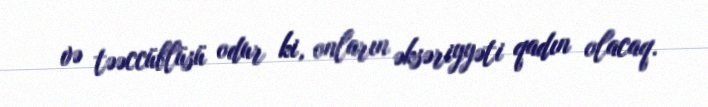
və təəccüblüsü odur ki, onların əksəriyyəti qadın olacaq.